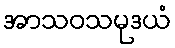
အာသဝသမုဒယံ